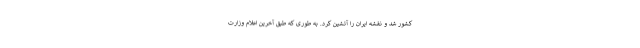
کشور شد و نقشه ایران را آتشین کرد. به طوری که طبق آخرین اعلام وزارت